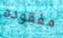
مفقوده